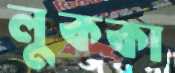
লুককা